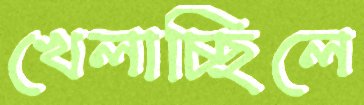
খেলাচ্ছিলে